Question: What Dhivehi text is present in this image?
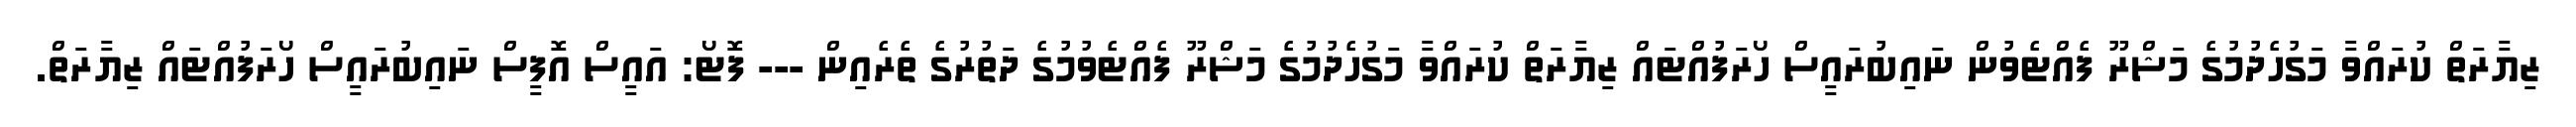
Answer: ޒިޔާރަތް ކުރައްވާ މަގުހެދުމުގެ މަޝްރޫ ފެއްޓެވުން ނައިބުރައީސް ހޯރަފުއްޓައް ޒިޔާރަތް ކުރައްވާ މަގުހެދުމުގެ މަޝްރޫ ފެއްޓެވުމުގެ ދަތުރުގެ ތެރެއިން --- ފޮޓޯ: އައީސް އޮފީސް ނައިބުރައީސް ހޯރަފުއްޓައް ޒިޔާރަތް.